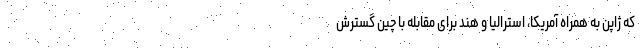
که ژاپن به همراه آمریکا، استرالیا و هند برای مقابله با چین گسترش